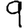
Digit: 9